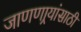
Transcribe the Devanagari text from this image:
जाणणार्‍यांसाठी